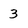
Character: 3